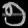
Digit: ၅